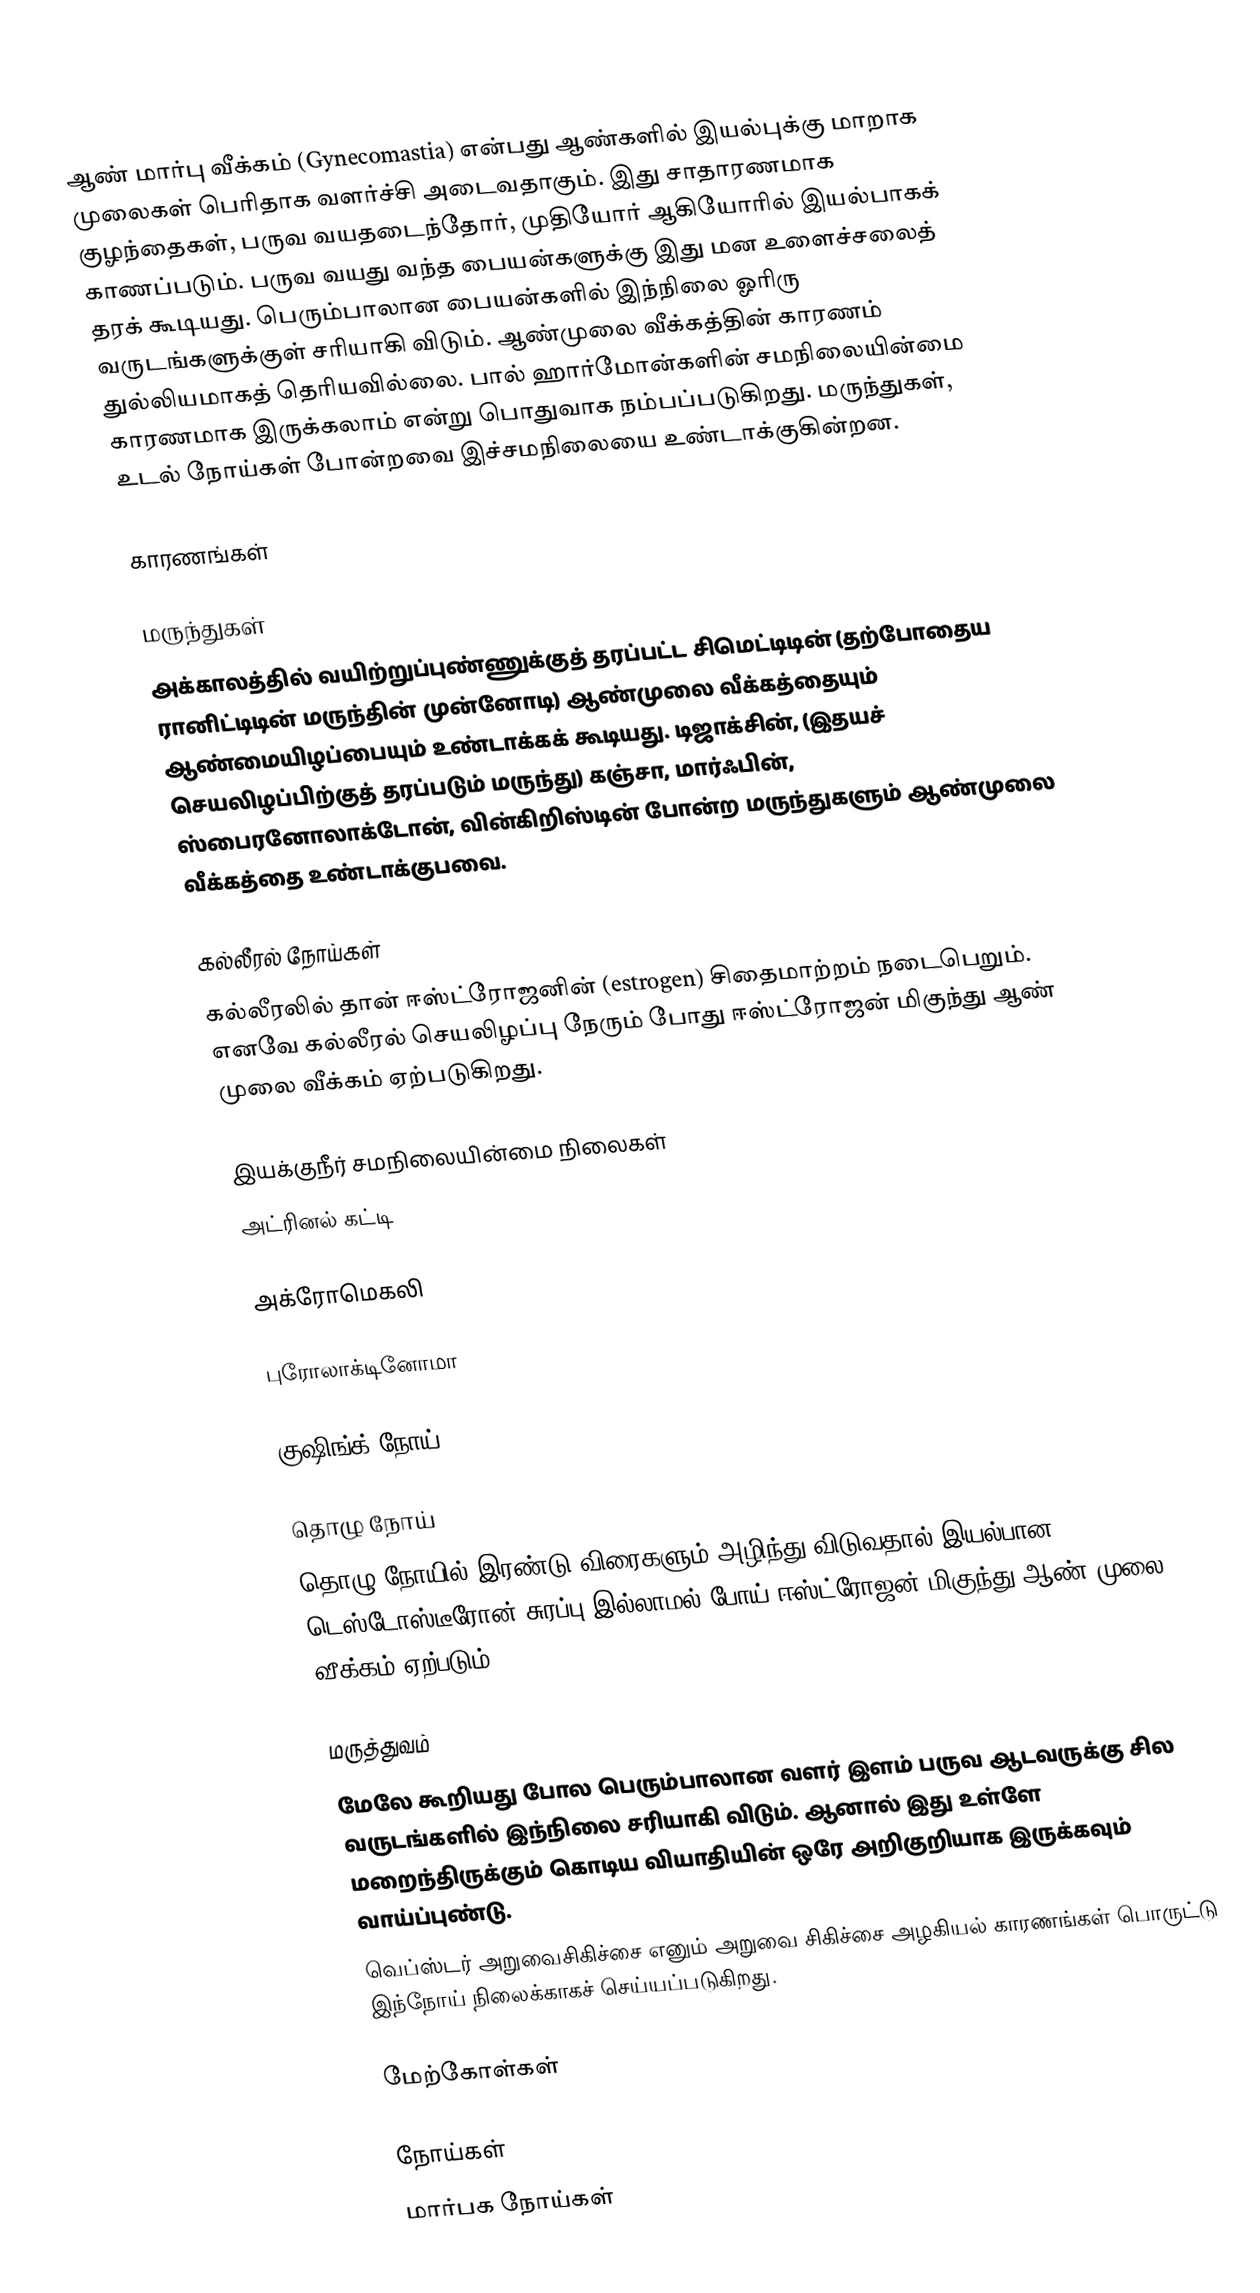
ஆண் மார்பு வீக்கம் (Gynecomastia) என்பது ஆண்களில் இயல்புக்கு மாறாக முலைகள் பெரிதாக வளர்ச்சி அடைவதாகும். இது சாதாரணமாக குழந்தைகள், பருவ வயதடைந்தோர், முதியோர் ஆகியோரில் இயல்பாகக் காணப்படும். பருவ வயது வந்த பையன்களுக்கு இது மன உளைச்சலைத் தரக் கூடியது. பெரும்பாலான பையன்களில் இந்நிலை ஓரிரு வருடங்களுக்குள்  சரியாகி விடும். ஆண்முலை வீக்கத்தின் காரணம் துல்லியமாகத் தெரியவில்லை. பால் ஹார்மோன்களின் சமநிலையின்மை காரணமாக இருக்கலாம் என்று பொதுவாக நம்பப்படுகிறது. மருந்துகள், உடல் நோய்கள் போன்றவை இச்சமநிலையை உண்டாக்குகின்றன.

காரணங்கள்

மருந்துகள்
அக்காலத்தில் வயிற்றுப்புண்ணுக்குத் தரப்பட்ட சிமெட்டிடின் (தற்போதைய ரானிட்டிடின் மருந்தின் முன்னோடி) ஆண்முலை வீக்கத்தையும் ஆண்மையிழப்பையும் உண்டாக்கக் கூடியது. டிஜாக்சின், (இதயச் செயலிழப்பிற்குத் தரப்படும் மருந்து) கஞ்சா, மார்ஃபின், ஸ்பைரனோலாக்டோன், வின்கிறிஸ்டின் போன்ற மருந்துகளும் ஆண்முலை வீக்கத்தை உண்டாக்குபவை.

கல்லீரல் நோய்கள்
கல்லீரலில் தான் ஈஸ்ட்ரோஜனின் (estrogen) சிதைமாற்றம் நடைபெறும். எனவே கல்லீரல் செயலிழப்பு நேரும் போது ஈஸ்ட்ரோஜன் மிகுந்து ஆண் முலை வீக்கம் ஏற்படுகிறது.

இயக்குநீர்  சமநிலையின்மை நிலைகள்
அட்ரினல் கட்டி

அக்ரோமெகலி

புரோலாக்டினோமா

குஷிங்க் நோய்

தொழு நோய்
தொழு நோயில் இரண்டு விரைகளும் அழிந்து விடுவதால் இயல்பான டெஸ்டோஸ்டீரோன் சுரப்பு இல்லாமல் போய் ஈஸ்ட்ரோஜன் மிகுந்து ஆண் முலை வீக்கம் ஏற்படும்

மருத்துவம்
மேலே கூறியது போல பெரும்பாலான வளர் இளம் பருவ ஆடவருக்கு சில வருடங்களில் இந்‌நிலை சரியாகி விடும். ஆனால் இது உள்ளே மறைந்திருக்கும் கொடிய வியாதியின் ஒரே அறிகுறியாக இருக்கவும் வாய்ப்புண்டு.
வெப்ஸ்டர் அறுவைசிகிச்சை எனும் அறுவை சிகிச்சை அழகியல் காரணங்கள் பொருட்டு இந்நோய் நிலைக்காகச் செய்யப்படுகிறது.

மேற்கோள்கள்

நோய்கள்
மார்பக நோய்கள்